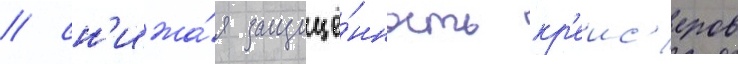
/ сн'ижа́я защищё́нность кр'еис'еров